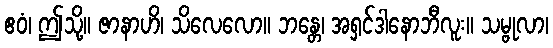
ဧဝံ၊ ဤသို့။ ဇာနာဟိ၊ သိလေလော။ ဘန္တေ၊ အရှင်ဒါနောဘီလူး။ သမ္ဗုလာ၊